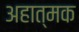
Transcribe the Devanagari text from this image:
अहात्मक